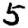
Digit: 5